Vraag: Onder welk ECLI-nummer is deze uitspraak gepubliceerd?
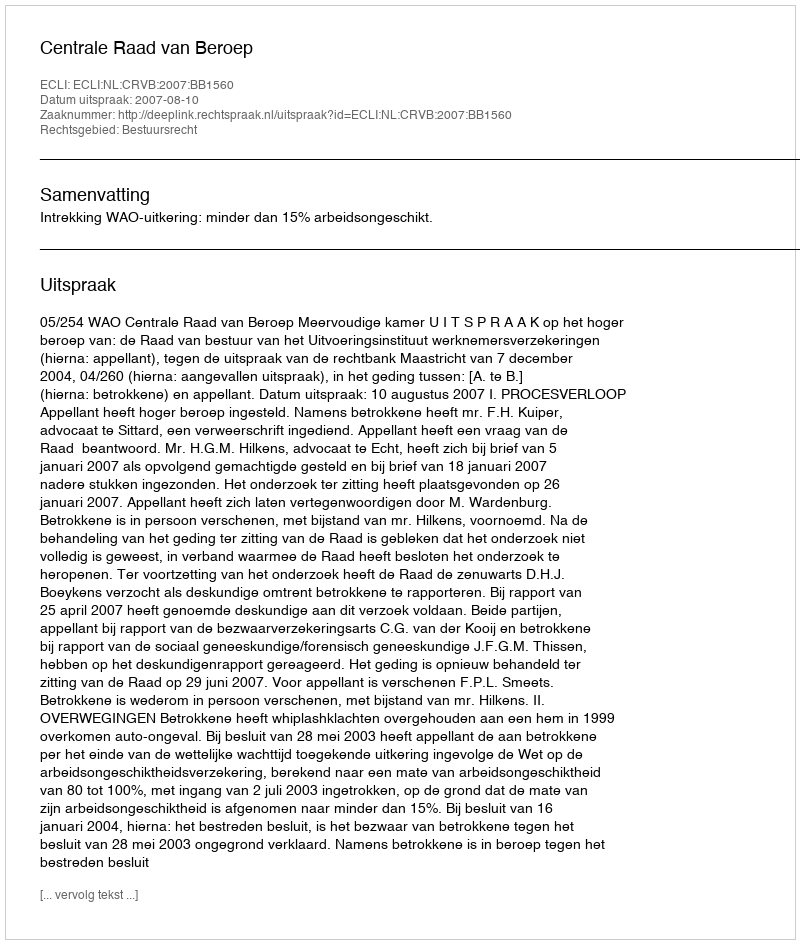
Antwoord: ECLI:NL:CRVB:2007:BB1560